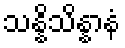
သန္နိသိန္နာနံ